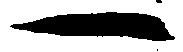
一